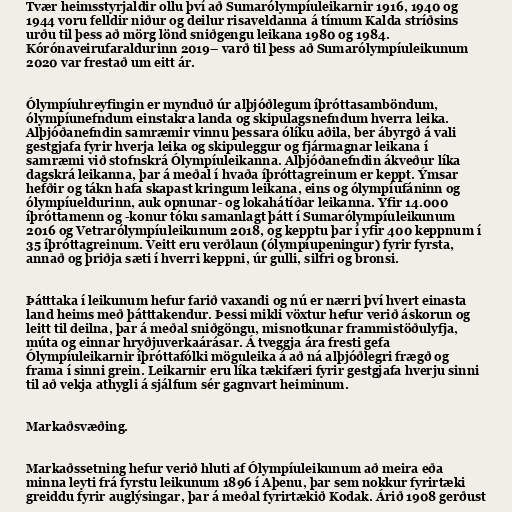
Tvær heimsstyrjaldir ollu því að Sumarólympíuleikarnir 1916, 1940 og
1944 voru felldir niður og deilur risaveldanna á tímum Kalda stríðsins
urðu til þess að mörg lönd sniðgengu leikana 1980 og 1984.
Kórónaveirufaraldurinn 2019– varð til þess að Sumarólympíuleikunum
2020 var frestað um eitt ár.

Ólympíuhreyfingin er mynduð úr alþjóðlegum íþróttasamböndum,
ólympíunefndum einstakra landa og skipulagsnefndum hverra leika.
Alþjóðanefndin samræmir vinnu þessara ólíku aðila, ber ábyrgð á vali
gestgjafa fyrir hverja leika og skipuleggur og fjármagnar leikana í
samræmi við stofnskrá Ólympíuleikanna. Alþjóðanefndin ákveður líka
dagskrá leikanna, þar á meðal í hvaða íþróttagreinum er keppt. Ýmsar
hefðir og tákn hafa skapast kringum leikana, eins og ólympíufáninn og
ólympíueldurinn, auk opnunar- og lokahátíðar leikanna. Yfir 14.000
íþróttamenn og -konur tóku samanlagt þátt í Sumarólympíuleikunum
2016 og Vetrarólympíuleikunum 2018, og kepptu þar í yfir 400 keppnum í
35 íþróttagreinum. Veitt eru verðlaun (ólympíupeningur) fyrir fyrsta,
annað og þriðja sæti í hverri keppni, úr gulli, silfri og bronsi.

Þátttaka í leikunum hefur farið vaxandi og nú er nærri því hvert einasta
land heims með þátttakendur. Þessi mikli vöxtur hefur verið áskorun og
leitt til deilna, þar á meðal sniðgöngu, misnotkunar frammistöðulyfja,
múta og einnar hryðjuverkaárásar. Á tveggja ára fresti gefa
Ólympíuleikarnir íþróttafólki möguleika á að ná alþjóðlegri frægð og
frama í sinni grein. Leikarnir eru líka tækifæri fyrir gestgjafa hverju sinni
til að vekja athygli á sjálfum sér gagnvart heiminum.

Markaðsvæðing.

Markaðssetning hefur verið hluti af Ólympíuleikunum að meira eða
minna leyti frá fyrstu leikunum 1896 í Aþenu, þar sem nokkur fyrirtæki
greiddu fyrir auglýsingar, þar á meðal fyrirtækið Kodak. Árið 1908 gerðust